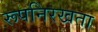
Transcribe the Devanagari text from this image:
रूपनिरखता